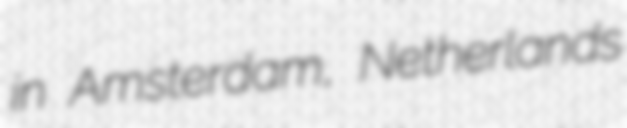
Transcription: in Amsterdam, Netherlands